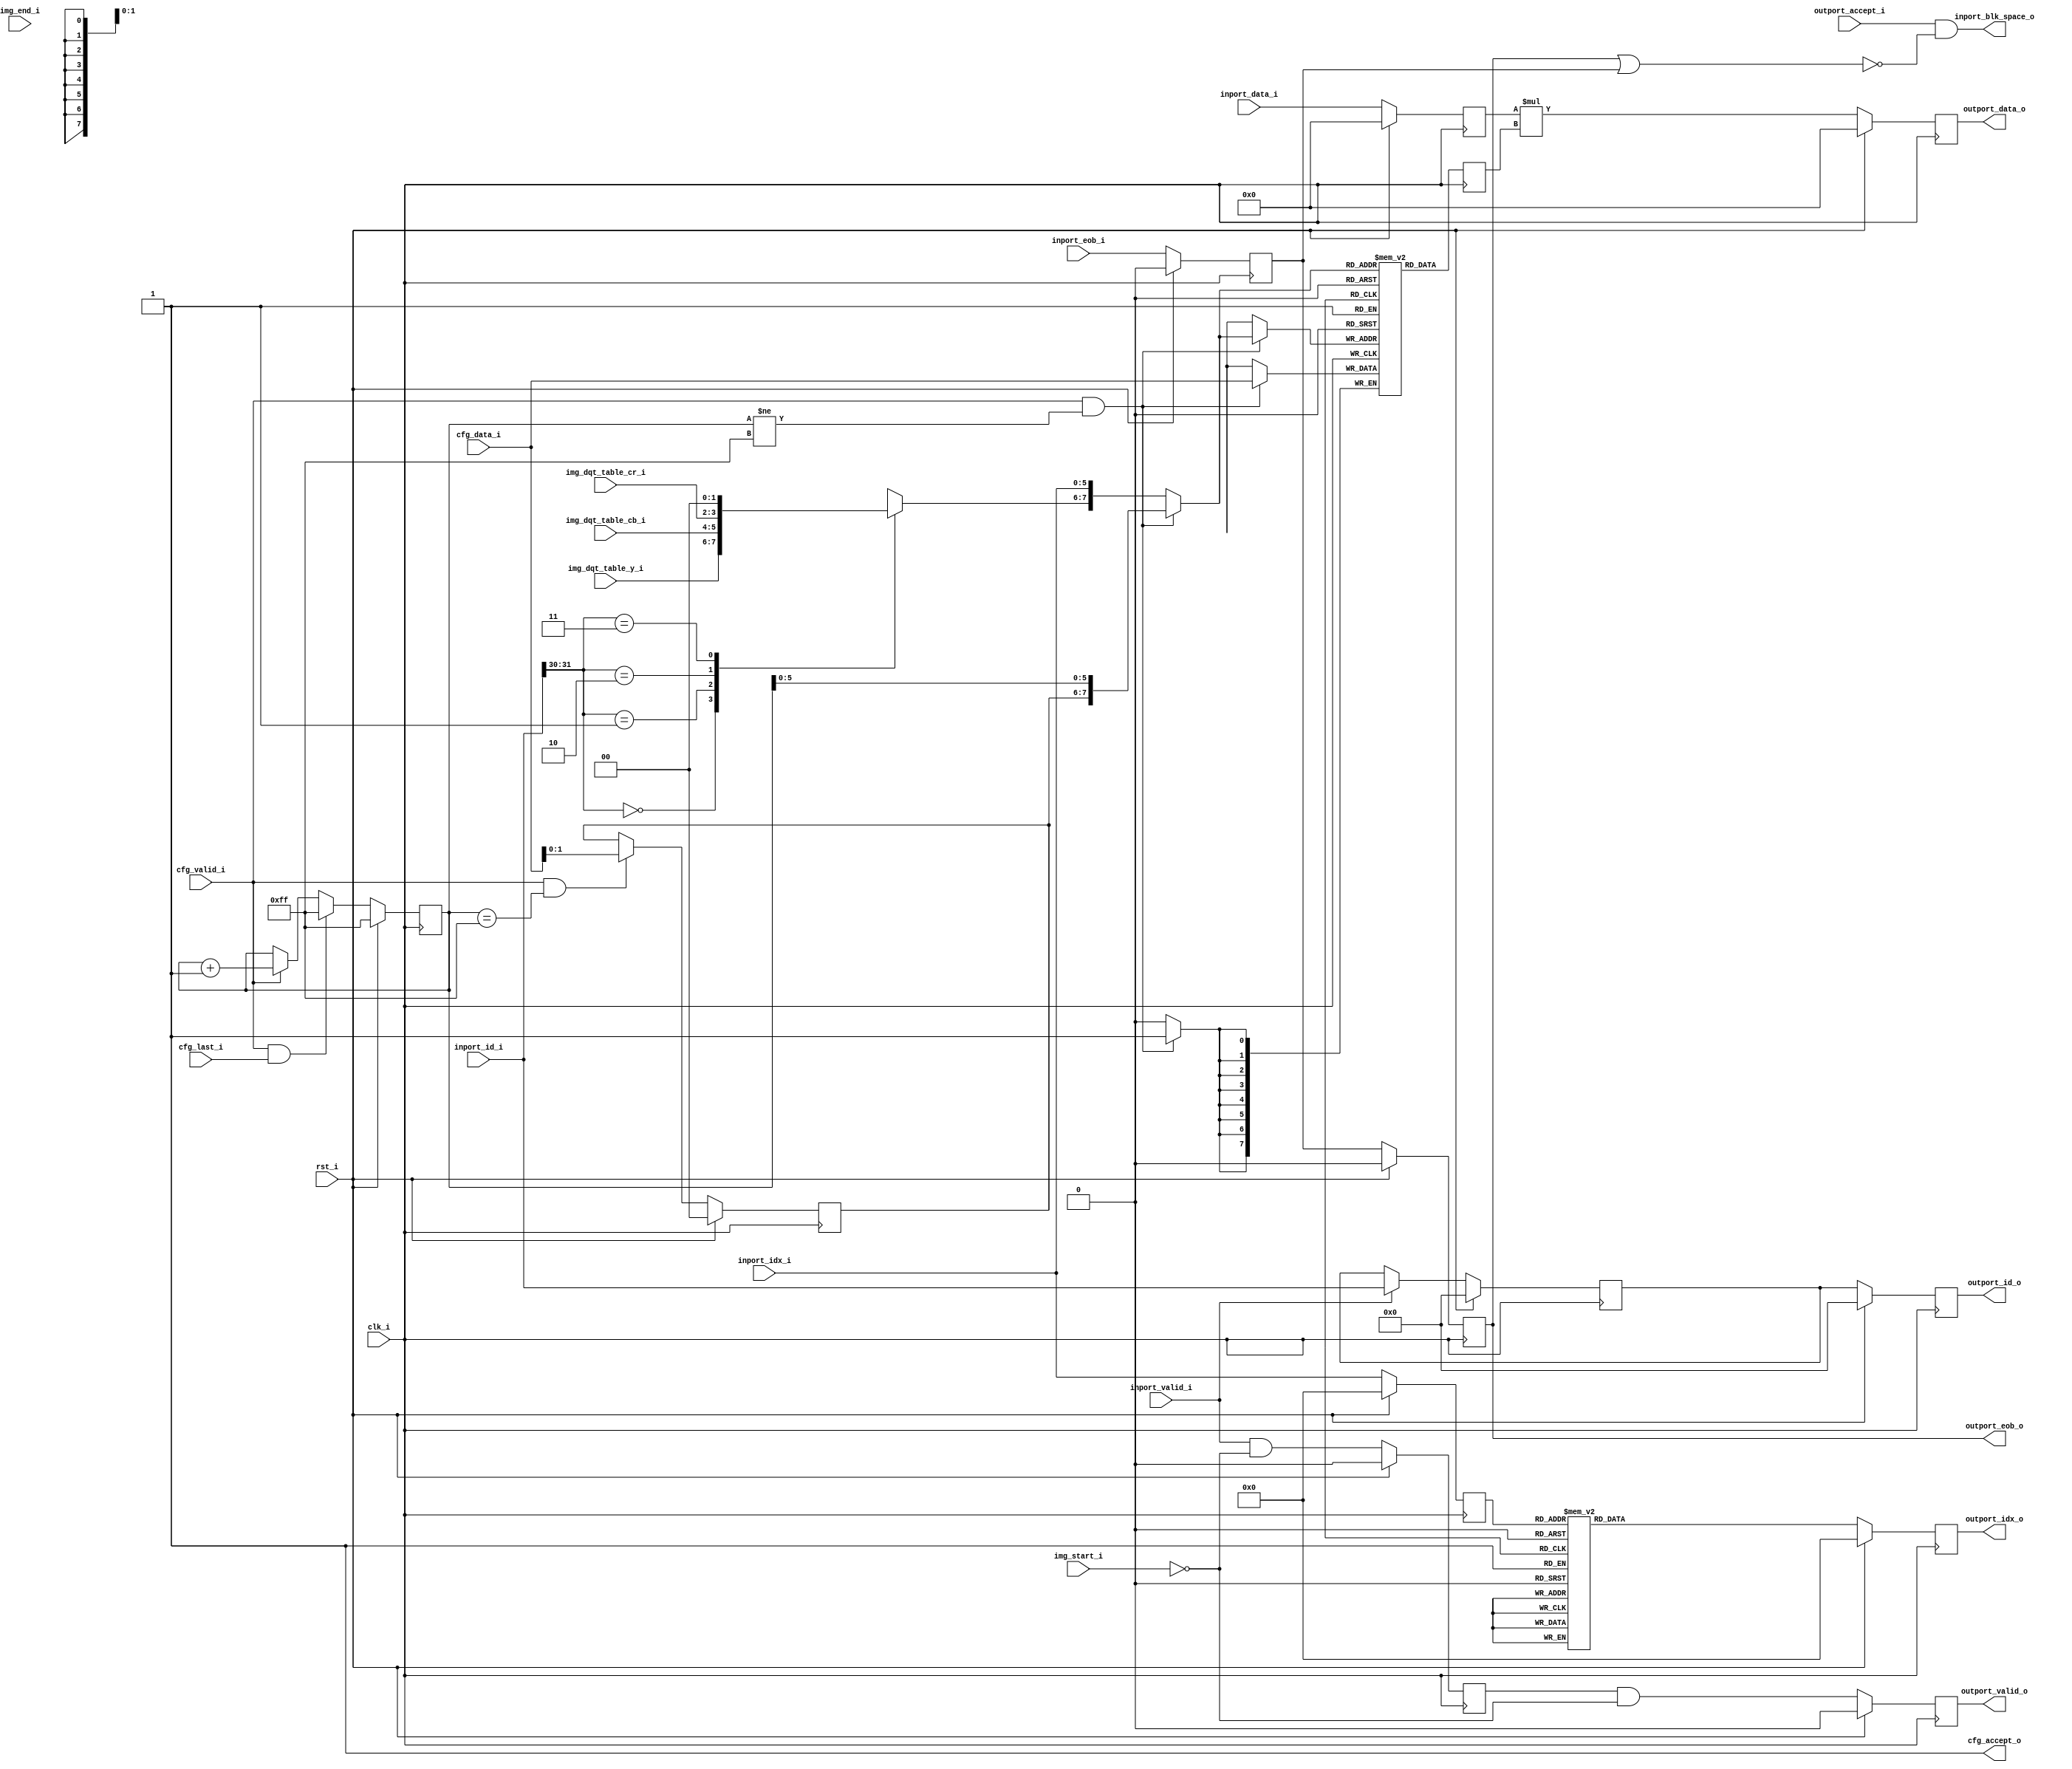
//-----------------------------------------------------------------
//                      Baseline JPEG Decoder
//                             V0.1
//                       Ultra-Embedded.com
//                        Copyright 2020
//
//                   admin@ultra-embedded.com
//-----------------------------------------------------------------
//                      License: Apache 2.0
// This IP can be freely used in commercial projects, however you may
// want access to unreleased materials such as verification environments,
// or test vectors, as well as changes to the IP for integration purposes.
// If this is the case, contact the above address.
// I am interested to hear how and where this IP is used, so please get
// in touch!
//-----------------------------------------------------------------
// Copyright 2020 Ultra-Embedded.com
// 
// Licensed under the Apache License, Version 2.0 (the "License");
// you may not use this file except in compliance with the License.
// You may obtain a copy of the License at
// 
//     http://www.apache.org/licenses/LICENSE-2.0
// 
// Unless required by applicable law or agreed to in writing, software
// distributed under the License is distributed on an "AS IS" BASIS,
// WITHOUT WARRANTIES OR CONDITIONS OF ANY KIND, either express or implied.
// See the License for the specific language governing permissions and
// limitations under the License.
//-----------------------------------------------------------------

module jpeg_dqt
(
    // Inputs
     input           clk_i
    ,input           rst_i
    ,input           img_start_i
    ,input           img_end_i
    ,input  [  1:0]  img_dqt_table_y_i
    ,input  [  1:0]  img_dqt_table_cb_i
    ,input  [  1:0]  img_dqt_table_cr_i
    ,input           cfg_valid_i
    ,input  [  7:0]  cfg_data_i
    ,input           cfg_last_i
    ,input           inport_valid_i
    ,input  [ 15:0]  inport_data_i
    ,input  [  5:0]  inport_idx_i
    ,input  [ 31:0]  inport_id_i
    ,input           inport_eob_i
    ,input           outport_accept_i

    // Outputs
    ,output          cfg_accept_o
    ,output          inport_blk_space_o
    ,output          outport_valid_o
    ,output [ 15:0]  outport_data_o
    ,output [  5:0]  outport_idx_o
    ,output [ 31:0]  outport_id_o
    ,output          outport_eob_o
);



//-----------------------------------------------------------------
// DQT tables
//-----------------------------------------------------------------
// 4 * 256
reg [7:0] table_dqt_q[0:255];

//-----------------------------------------------------------------
// Capture Index
//-----------------------------------------------------------------
reg [7:0] idx_q;

always @ (posedge clk_i )
if (rst_i)
    idx_q <= 8'hFF;
else if (cfg_valid_i && cfg_last_i && cfg_accept_o)
    idx_q <= 8'hFF;
else if (cfg_valid_i && cfg_accept_o)
    idx_q <= idx_q + 8'd1;

assign cfg_accept_o = 1'b1;

//-----------------------------------------------------------------
// Write DQT table
//-----------------------------------------------------------------
reg [1:0] cfg_table_q;

always @ (posedge clk_i )
if (rst_i)
    cfg_table_q <= 2'b0;
else if (cfg_valid_i && cfg_accept_o && idx_q == 8'hFF)
    cfg_table_q <= cfg_data_i[1:0];

wire [7:0] cfg_table_addr_w = {cfg_table_q, idx_q[5:0]};

wire [1:0] table_src_w[3:0];

assign table_src_w[0] = img_dqt_table_y_i;
assign table_src_w[1] = img_dqt_table_cb_i;
assign table_src_w[2] = img_dqt_table_cr_i;
assign table_src_w[3] = 2'b0;

wire [7:0] table_rd_idx_w   = {table_src_w[inport_id_i[31:30]], inport_idx_i};

wire       dqt_write_w      = cfg_valid_i && cfg_accept_o && idx_q != 8'hFF;
wire [7:0] dqt_table_addr_w = dqt_write_w ? cfg_table_addr_w : table_rd_idx_w;

reg [7:0] dqt_entry_q;

always @ (posedge clk_i )
begin
    if (dqt_write_w)
        table_dqt_q[dqt_table_addr_w] <= cfg_data_i;

    dqt_entry_q <= table_dqt_q[dqt_table_addr_w];
end

//-----------------------------------------------------------------
// dezigzag: Reverse zigzag process
//-----------------------------------------------------------------
function [5:0] dezigzag;
    input [5:0] idx;
    reg [5:0] out_idx;
begin
    case (idx)
    6'd0: out_idx = 6'd0;
    6'd1: out_idx = 6'd1;
    6'd2: out_idx = 6'd8;
    6'd3: out_idx = 6'd16;
    6'd4: out_idx = 6'd9;
    6'd5: out_idx = 6'd2;
    6'd6: out_idx = 6'd3;
    6'd7: out_idx = 6'd10;
    6'd8: out_idx = 6'd17;
    6'd9: out_idx = 6'd24;
    6'd10: out_idx = 6'd32;
    6'd11: out_idx = 6'd25;
    6'd12: out_idx = 6'd18;
    6'd13: out_idx = 6'd11;
    6'd14: out_idx = 6'd4;
    6'd15: out_idx = 6'd5;
    6'd16: out_idx = 6'd12;
    6'd17: out_idx = 6'd19;
    6'd18: out_idx = 6'd26;
    6'd19: out_idx = 6'd33;
    6'd20: out_idx = 6'd40;
    6'd21: out_idx = 6'd48;
    6'd22: out_idx = 6'd41;
    6'd23: out_idx = 6'd34;
    6'd24: out_idx = 6'd27;
    6'd25: out_idx = 6'd20;
    6'd26: out_idx = 6'd13;
    6'd27: out_idx = 6'd6;
    6'd28: out_idx = 6'd7;
    6'd29: out_idx = 6'd14;
    6'd30: out_idx = 6'd21;
    6'd31: out_idx = 6'd28;
    6'd32: out_idx = 6'd35;
    6'd33: out_idx = 6'd42;
    6'd34: out_idx = 6'd49;
    6'd35: out_idx = 6'd56;
    6'd36: out_idx = 6'd57;
    6'd37: out_idx = 6'd50;
    6'd38: out_idx = 6'd43;
    6'd39: out_idx = 6'd36;
    6'd40: out_idx = 6'd29;
    6'd41: out_idx = 6'd22;
    6'd42: out_idx = 6'd15;
    6'd43: out_idx = 6'd23;
    6'd44: out_idx = 6'd30;
    6'd45: out_idx = 6'd37;
    6'd46: out_idx = 6'd44;
    6'd47: out_idx = 6'd51;
    6'd48: out_idx = 6'd58;
    6'd49: out_idx = 6'd59;
    6'd50: out_idx = 6'd52;
    6'd51: out_idx = 6'd45;
    6'd52: out_idx = 6'd38;
    6'd53: out_idx = 6'd31;
    6'd54: out_idx = 6'd39;
    6'd55: out_idx = 6'd46;
    6'd56: out_idx = 6'd53;
    6'd57: out_idx = 6'd60;
    6'd58: out_idx = 6'd61;
    6'd59: out_idx = 6'd54;
    6'd60: out_idx = 6'd47;
    6'd61: out_idx = 6'd55;
    6'd62: out_idx = 6'd62;
    default: out_idx = 6'd63; 
    endcase

    dezigzag = out_idx;
end
endfunction

//-----------------------------------------------------------------
// Process dequantisation and dezigzag
//-----------------------------------------------------------------
reg        inport_valid_q;
reg [15:0] inport_data_q;
reg [5:0]  inport_idx_q;
reg [31:0] inport_id_q;
reg        inport_eob_q;

always @ (posedge clk_i )
if (rst_i)
    inport_valid_q <= 1'b0;
else
    inport_valid_q <= inport_valid_i && ~img_start_i;

always @ (posedge clk_i )
if (rst_i)
    inport_idx_q <= 6'b0;
else
    inport_idx_q <= inport_idx_i;

always @ (posedge clk_i )
if (rst_i)
    inport_data_q <= 16'b0;
else
    inport_data_q <= inport_data_i;

always @ (posedge clk_i )
if (rst_i)
    inport_id_q <= 32'b0;
else if (inport_valid_i)
    inport_id_q <= inport_id_i;

always @ (posedge clk_i )
if (rst_i)
    inport_eob_q <= 1'b0;
else
    inport_eob_q <= inport_eob_i;

//-----------------------------------------------------------------
// Output
//-----------------------------------------------------------------
reg               outport_valid_q;
reg signed [15:0] outport_data_q;
reg [5:0]         outport_idx_q;
reg [31:0]        outport_id_q;
reg               outport_eob_q;

always @ (posedge clk_i )
if (rst_i)
    outport_valid_q <= 1'b0;
else
    outport_valid_q <= inport_valid_q && ~img_start_i;

always @ (posedge clk_i )
if (rst_i)
    outport_data_q <= 16'b0;
else
    outport_data_q <= inport_data_q * dqt_entry_q;

always @ (posedge clk_i )
if (rst_i)
    outport_idx_q <= 6'b0;
else
    outport_idx_q <= dezigzag(inport_idx_q);

always @ (posedge clk_i )
if (rst_i)
    outport_id_q <= 32'b0;
else
    outport_id_q <= inport_id_q;

always @ (posedge clk_i )
if (rst_i)
    outport_eob_q <= 1'b0;
else
    outport_eob_q <= inport_eob_q;

assign outport_valid_o = outport_valid_q;
assign outport_data_o  = outport_data_q;
assign outport_idx_o   = outport_idx_q;
assign outport_id_o    = outport_id_q;    
assign outport_eob_o   = outport_eob_q;

// TODO: Perf
assign inport_blk_space_o = outport_accept_i && !(outport_eob_q || inport_eob_q);

`ifdef verilator
function get_valid; /*verilator public*/
begin
    get_valid = outport_valid_o;
end
endfunction
function [15:0] get_sample; /*verilator public*/
begin
    get_sample = outport_data_o;
end
endfunction
function [5:0] get_sample_idx; /*verilator public*/
begin
    get_sample_idx = outport_idx_o;
end
endfunction
`endif

endmodule